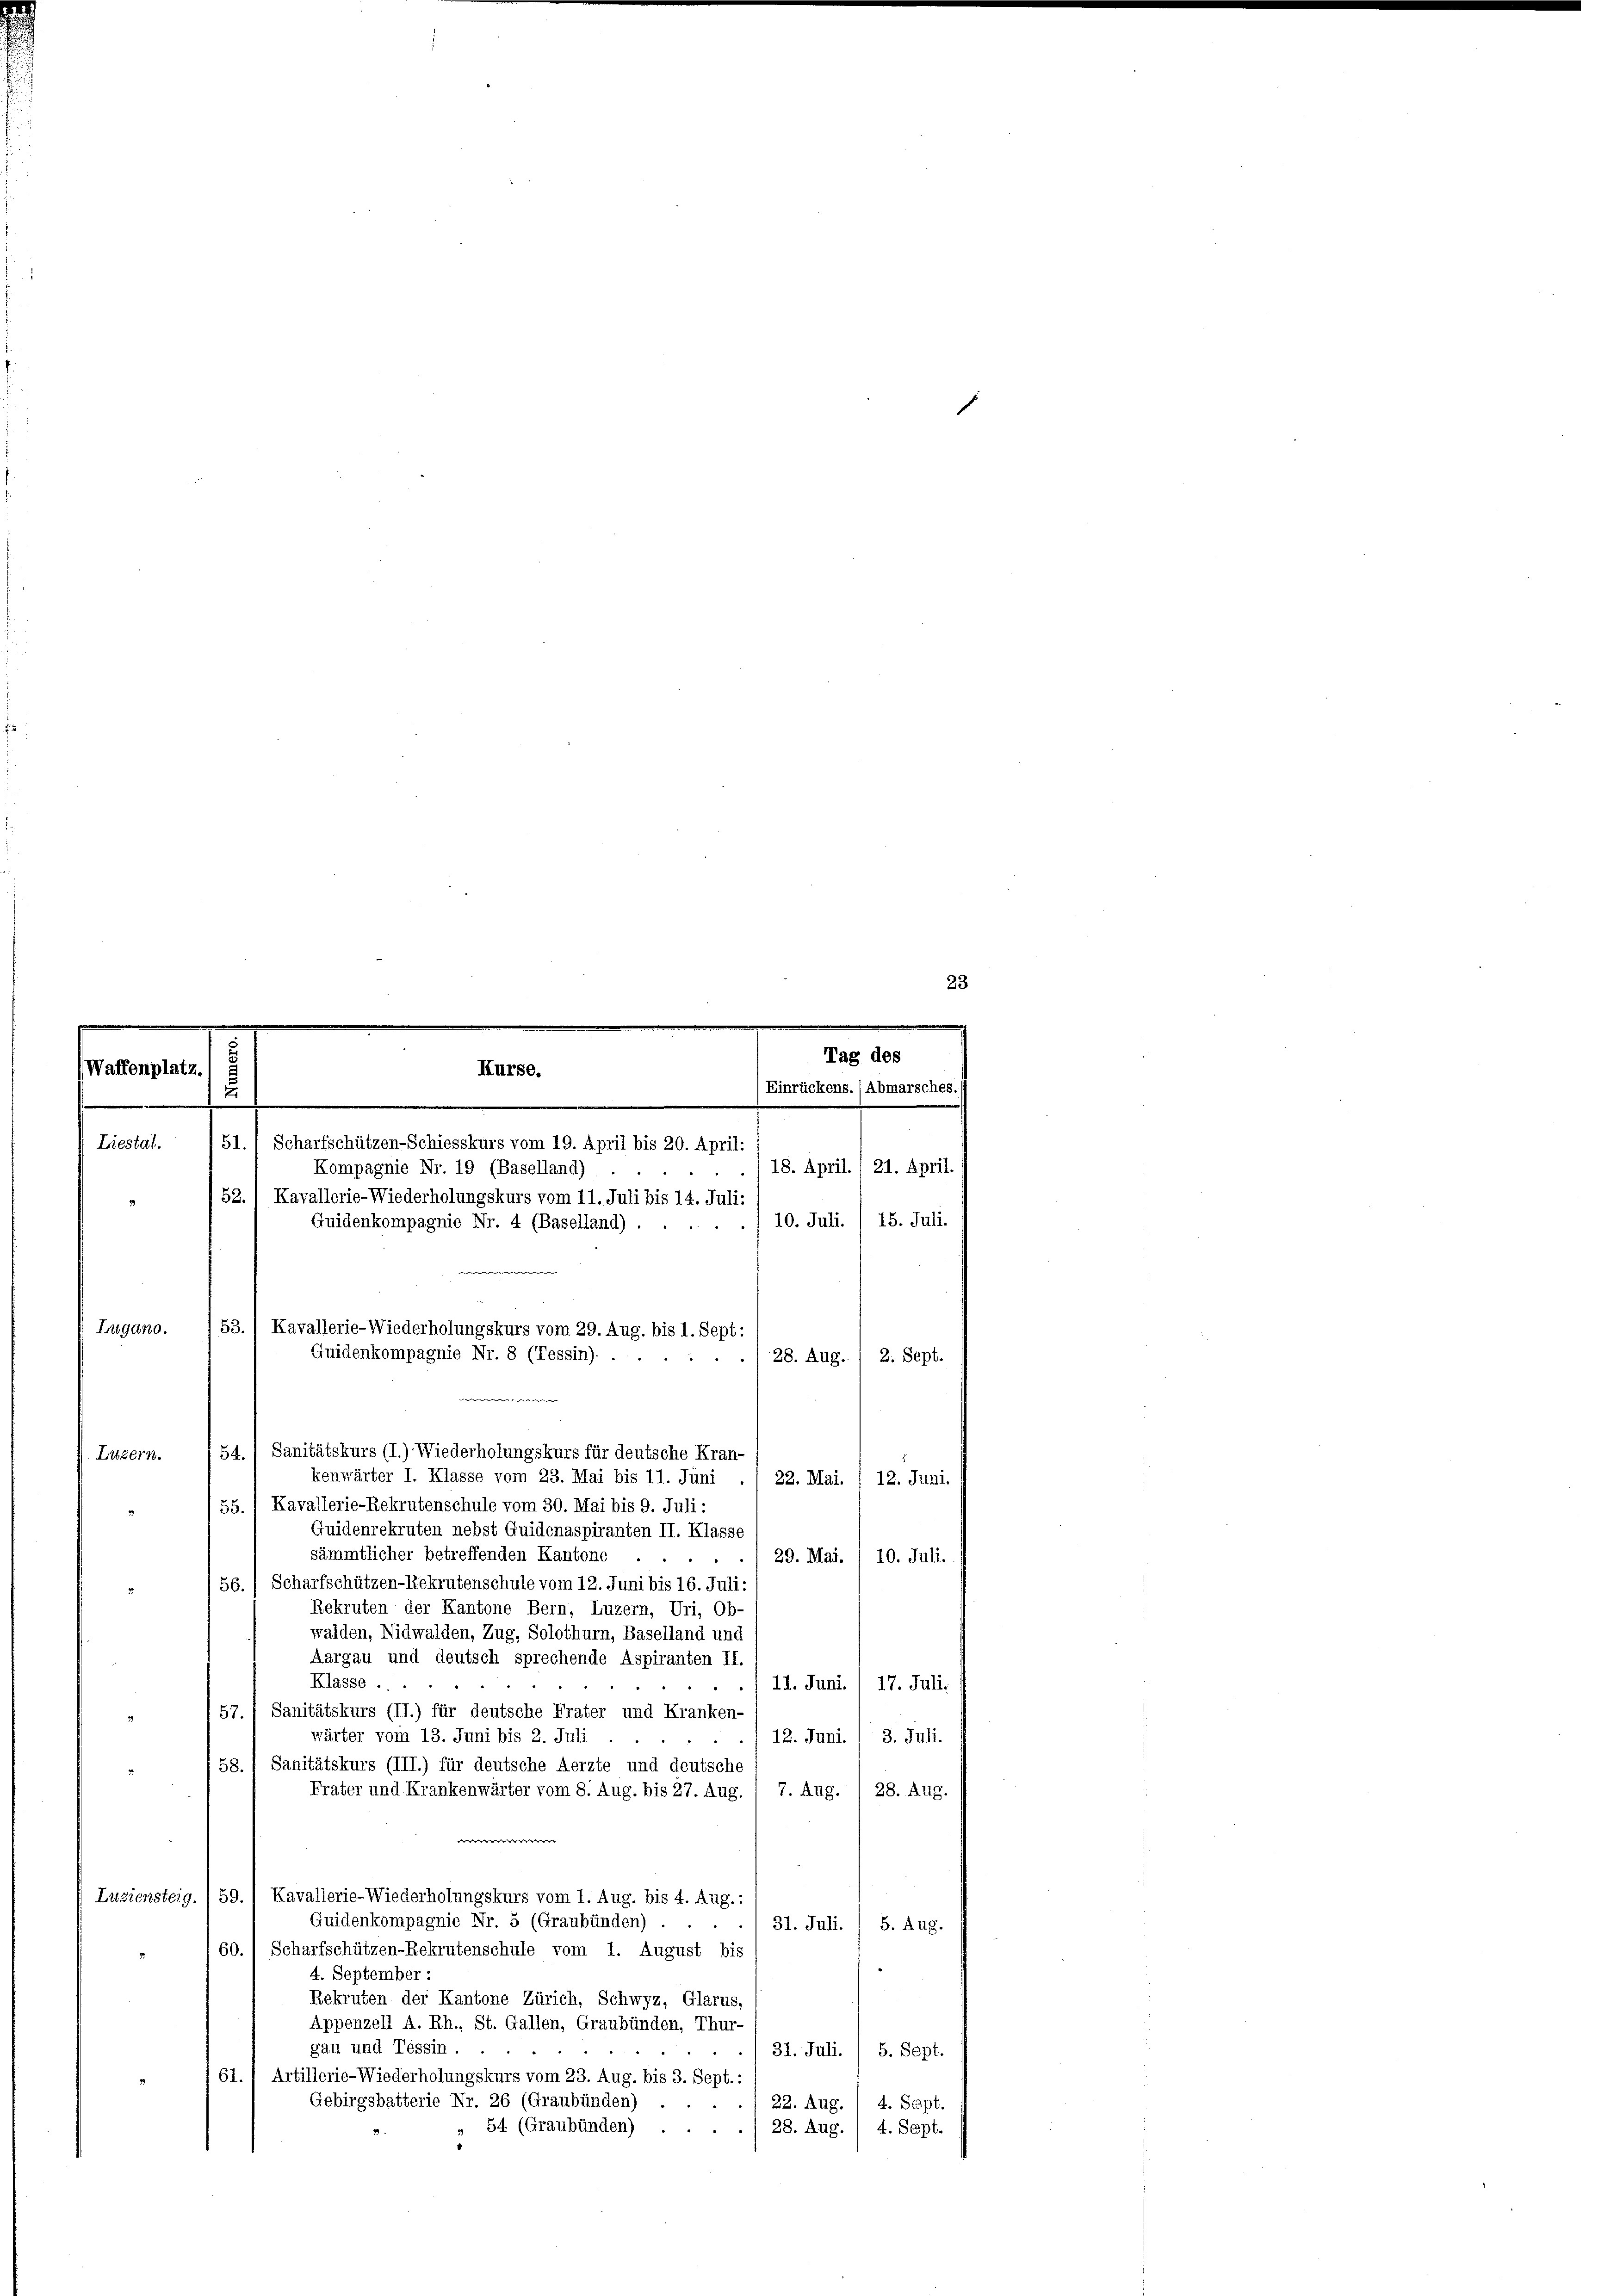
(Waffenplatz.

23
.

.

51.) Scharfschützen-Schiesskurs vom 19. April bis 20. April:
Liestat.
18. April., 21. April.
Kompagnie Nr. 19 (Baselland)
52., Kavallerie-Wiederholungskurs vom 11. Juli bis 14. Juli
10. Juli. / 15. Juli.
Quidenkompagnie Nr. 4 (Baselland).
Lugano.
.128. Aug. / 2. Sept.
54. / Sanitätskurs (I.) Wiederholungskurs für deutsche Kran-
Litzern.
kenwärter I. Klasse vom 23. Mai bis 11. Juni ./ 22. Mai.
12. Juni.
55., Kavallerie-Rekrutenschule vom 30. Mai bis 9. Juli:
Quidenrekruten nebst Quidenaspiranten II. Klasse
sämmtlicher betreffenden Kantone
29. Mai. / 10. Juli.
56.) Scharfschützen-Rekrutenschule vom 12. Juni bis 16. Juli:
Rekruten der Kantone Bern, Luzern, Uri, Ob-
walden, Nidwalden, Zug, Solothurn, Baselland und
Aargau und deutsch sprechende Aspiranten II.
Klasse ...
11. Juni. / 17. Juli.
57.) Sanitätskurs (II.) für deutsche Frater und Kranken-
wärter vom 13. Juni bis 2. Juli
12. Juni. / 3. Juli.
58.) Sanitätskurs (III.) für deutsche Aerzte und deutsche
Frater und Krankenwärter vom 8. Aug. bis 27. Aug.
7. Aug. 128. Aug.
Luziensteig. /59. 1 Kavallerie-Wiederholungskurs vom 1. Aug. bis 4. Aug.:
Quidenkompagnie Nr. 5 (Graubünden)
31. Juli. I S. Aug.
60.) Scharfschützen-Rekrutenschule vom 1. August bis
4. September :
Rekruten der Kantone Zürich, Schwyz, Glarus,
Appenzell A. Rh., St. Gallen, Graubünden, Thur-
gau und Tessin.
31. Juli. / 5. Sept.
61. 1 Artillerie-Wiederholungskurs vom 23. Aug. bis 3. Sept. :
Gebirgsbatterie Nr. 26 (Graubünden)
22. Aug.
4. Sept.
» 54 (Graubünden)
28. Aug.
4. Sept.

.

Kurse.

53.) Kavallerie-Wiederholungskurs vom 29. Aug. bis 1. Sept:
Guidenkompagnie Nr. 8 (Tessin). .

Tag des
Einrückens. (Abmarsches.